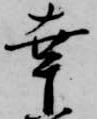
幸